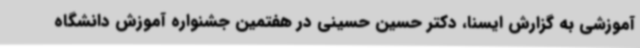
آموزشی به گزارش ایسنا، دکتر حسین حسینی در هفتمین جشنواره آموزش دانشگاه